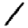
Digit: 1